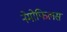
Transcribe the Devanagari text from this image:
नेमोफिलस